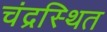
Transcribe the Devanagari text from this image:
चंद्रस्थित